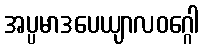
အပ္ပမာဒပေယျာလဝဂ္ဂေါ